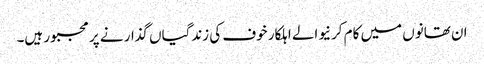
ان تھانوں میں کام کرنیوالے اہلکار خوف کی زندگیاں گذار نے پر مجبور ہیں۔